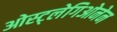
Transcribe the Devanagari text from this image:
ओस्ट्लेगिओनेन